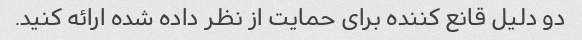
دو دلیل قانع کننده برای حمایت از نظر داده شده ارائه کنید.